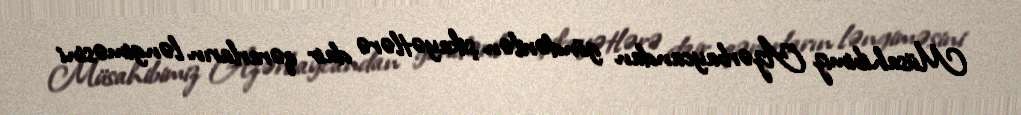
Müsahibimiz Azərbaycandan göndərilən şikayətlərə dair qərarların ləngiməsini